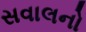
સવાલનો